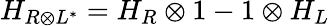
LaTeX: H_{R\otimes L^{*}}=H_{R}\otimes 1-1\otimes H_{L}